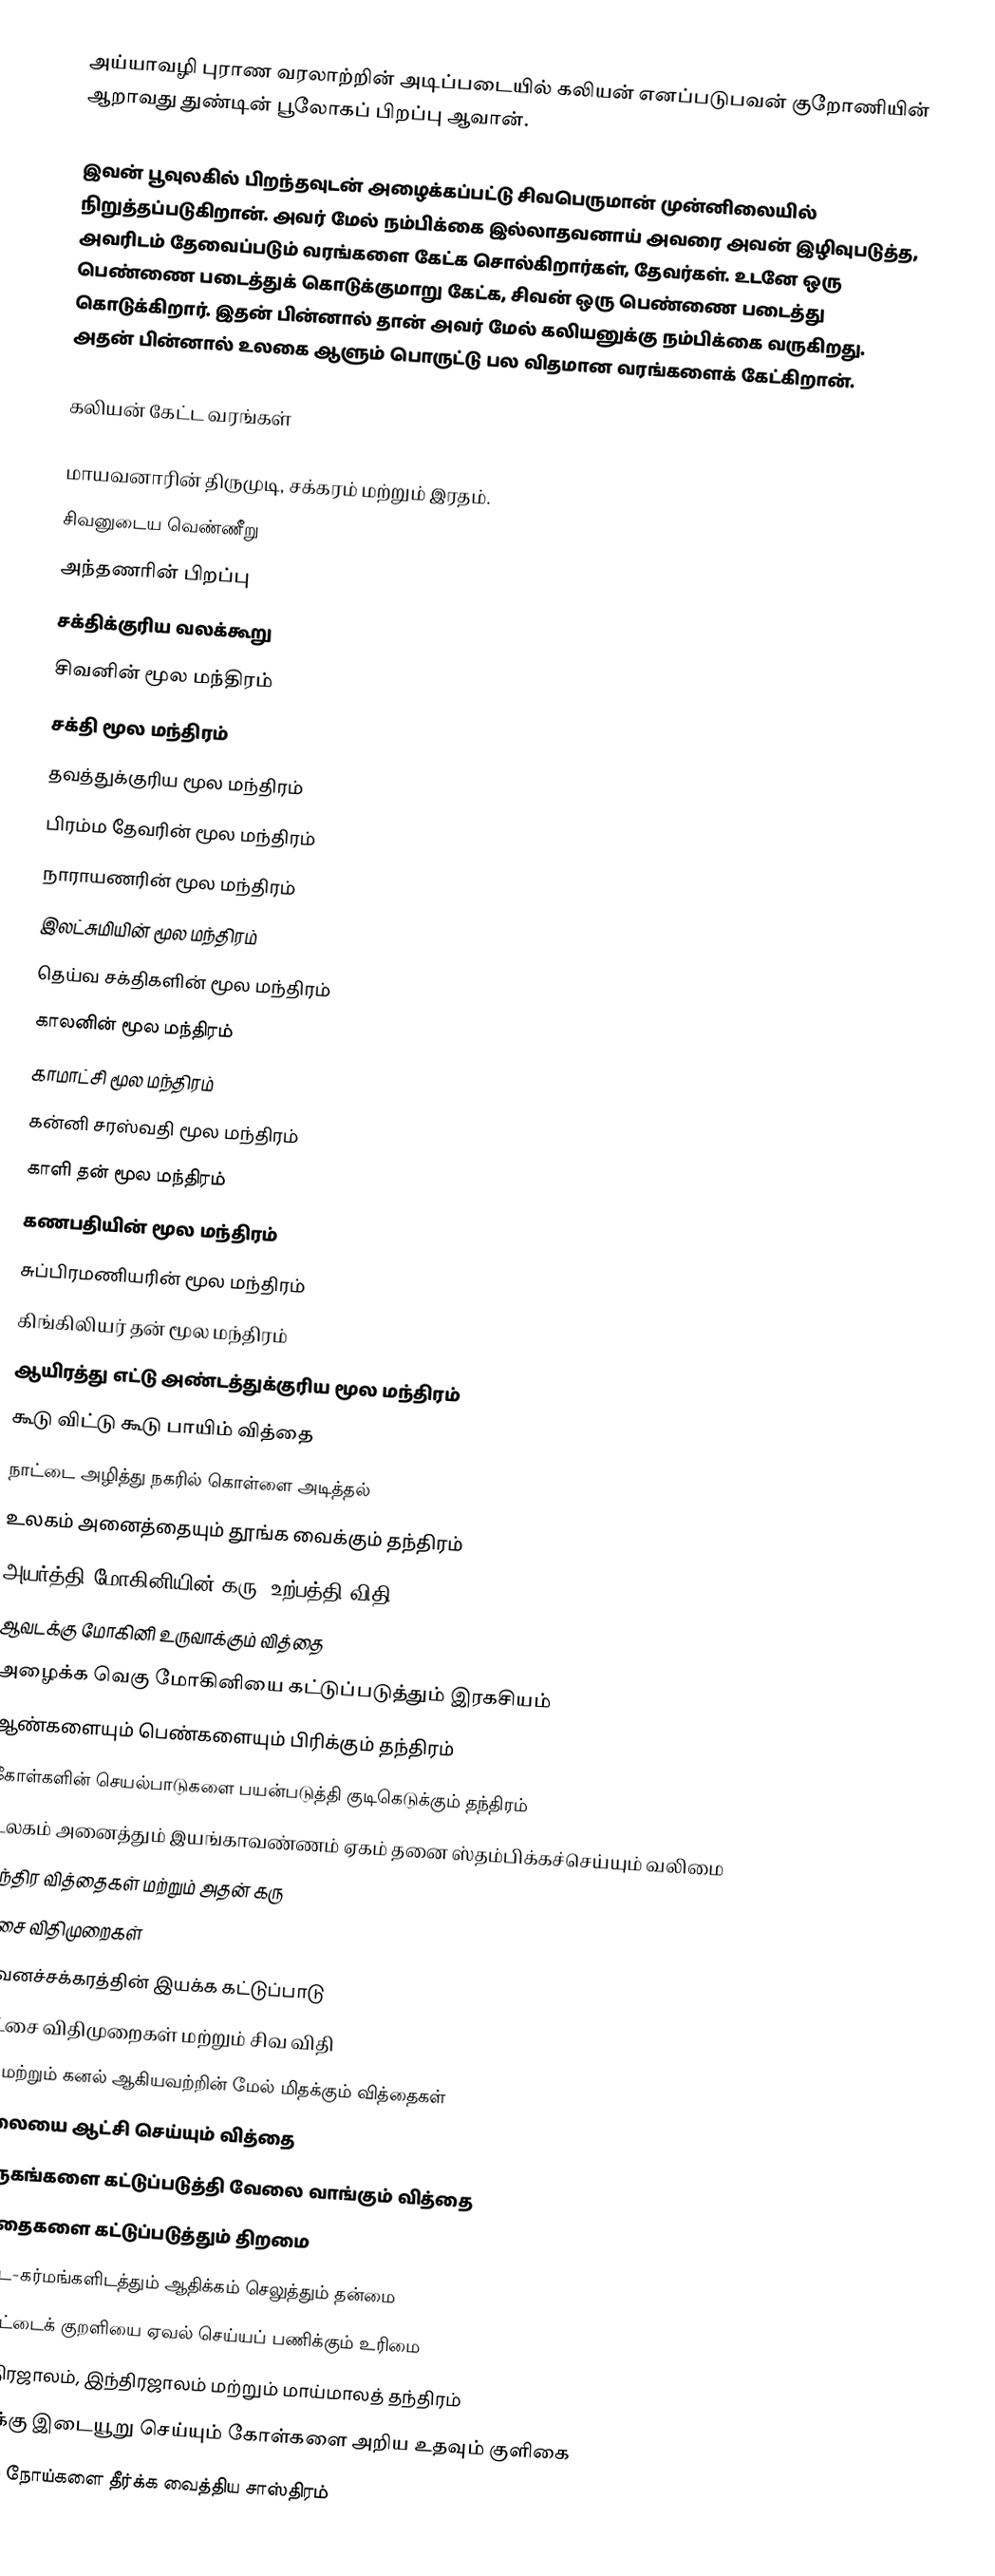
அய்யாவழி புராண வரலாற்றின் அடிப்படையில் கலியன் எனப்படுபவன் குறோணியின் ஆறாவது துண்டின் பூலோகப் பிறப்பு ஆவான்.

இவன் பூவுலகில் பிறந்தவுடன் அழைக்கப்பட்டு சிவபெருமான் முன்னிலையில் நிறுத்தப்படுகிறான். அவர் மேல் நம்பிக்கை இல்லாதவனாய் அவரை அவன் இழிவுபடுத்த, அவரிடம் தேவைப்படும் வரங்களை கேட்க சொல்கிறார்கள், தேவர்கள். உடனே ஒரு பெண்ணை படைத்துக் கொடுக்குமாறு கேட்க, சிவன் ஒரு பெண்ணை படைத்து கொடுக்கிறார். இதன் பின்னால் தான் அவர் மேல் கலியனுக்கு நம்பிக்கை வருகிறது. அதன் பின்னால் உலகை ஆளும் பொருட்டு பல விதமான வரங்களைக் கேட்கிறான்.

கலியன் கேட்ட வரங்கள்

 மாயவனாரின் திருமுடி, சக்கரம் மற்றும் இரதம்.
 சிவனுடைய வெண்ணீறு
 அந்தணரின் பிறப்பு
 சக்திக்குரிய வலக்கூறு
 சிவனின் மூல மந்திரம்
 சக்தி மூல மந்திரம்
 தவத்துக்குரிய மூல மந்திரம்
 பிரம்ம தேவரின் மூல மந்திரம்
 நாராயணரின் மூல மந்திரம்
 இலட்சுமியின் மூல மந்திரம்
 தெய்வ சக்திகளின் மூல மந்திரம்
 காலனின் மூல மந்திரம்
 காமாட்சி மூல மந்திரம்
 கன்னி சரஸ்வதி மூல மந்திரம்
 காளி தன் மூல மந்திரம்
 கணபதியின் மூல மந்திரம்
 சுப்பிரமணியரின் மூல மந்திரம்
 கிங்கிலியர் தன் மூல மந்திரம்
 ஆயிரத்து எட்டு அண்டத்துக்குரிய மூல மந்திரம்
 கூடு விட்டு கூடு பாயிம் வித்தை
 நாட்டை அழித்து நகரில் கொள்ளை அடித்தல்
 உலகம் அனைத்தையும் தூங்க வைக்கும் தந்திரம்
 அயர்த்தி மோகினியின் கரு (உற்பத்தி விதி)
 ஆவடக்கு மோகினி உருவாக்கும் வித்தை
 அழைக்க வெகு மோகினியை கட்டுப்படுத்தும் இரகசியம்
 ஆண்களையும் பெண்களையும் பிரிக்கும் தந்திரம்
 கோள்களின் செயல்பாடுகளை பயன்படுத்தி குடிகெடுக்கும் தந்திரம்
 உலகம் அனைத்தும் இயங்காவண்ணம் ஏகம் தனை ஸ்தம்பிக்கச்செய்யும் வலிமை
 மந்திர வித்தைகள் மற்றும் அதன் கரு
 பூசை விதிமுறைகள்
 புவனச்சக்கரத்தின் இயக்க கட்டுப்பாடு
 தீட்சை விதிமுறைகள் மற்றும் சிவ விதி
 நீர் மற்றும் கனல் ஆகியவற்றின் மேல் மிதக்கும் வித்தைகள்
 கலையை ஆட்சி செய்யும் வித்தை
 மிருகங்களை கட்டுப்படுத்தி வேலை வாங்கும் வித்தை
 வாதைகளை கட்டுப்படுத்தும் திறமை
 அட்ட-கர்மங்களிடத்தும் ஆதிக்கம் செலுத்தும் தன்மை
 மொட்டைக் குறளியை ஏவல் செய்யப் பணிக்கும் உரிமை
 மந்திரஜாலம், இந்திரஜாலம் மற்றும் மாய்மாலத் தந்திரம்
 தனக்கு இடையூறு செய்யும் கோள்களை அறிய உதவும் குளிகை
 வரும் நோய்களை தீர்க்க வைத்திய சாஸ்திரம்